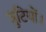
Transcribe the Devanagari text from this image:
त्रुटियों।